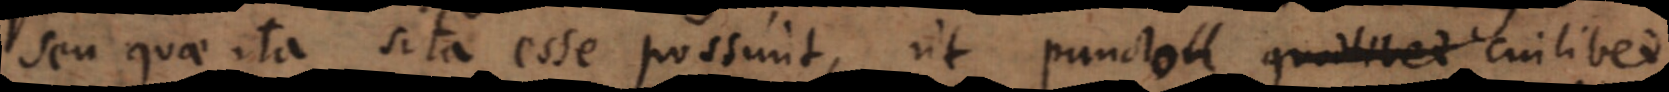
Seu quae ita sita esse possunt, ut punctum quodlibet